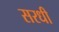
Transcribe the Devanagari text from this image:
सरधी